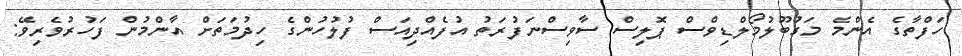
ހަފްތާގެ އެންމެ މަގުބޫލުމޯލްޑިވްސް ޕޮލިސް ސާވިސްނަފުރަތު އުފެއްދިއަސް ފުލުހުންގެ ހިދުމަތަށް އާންމުން ފަހުރުވެރިވޭ: